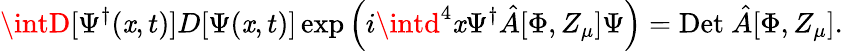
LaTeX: \intD[\Psi^{\dagger}(\mathit{x},t)]D[\Psi(\mathit{x},t)]\exp\left(i\intd^{4}\mathit{x}\Psi^{\dagger}\hat{{A}}[\Phi,Z_{\mu}]\Psi\right)=\mathrm{{Det~}}\hat{{A}}[\Phi,Z_{\mu}].